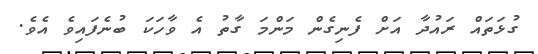
ގުޅަތައް ރައުދާ އަށް ފެނިގެން މަންމަ ގާތު އެ ވާހަކަ ބުނެފައިވެ އެވެ.